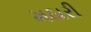
મઠારી